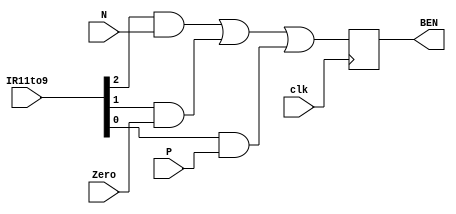
`timescale 1ns / 1ps
//////////////////////////////////////////////////////////////////////////////////
// Company: 
// Engineer: 
// 
// Design Name: 
// Module Name: BENLogic
// Project Name: 
// Target Devices: 
// Tool Versions: 
// Description: 
// 
// Dependencies: 
// 
// Revision:
// Revision 0.01 - File Created
// Additional Comments:
// 
//////////////////////////////////////////////////////////////////////////////////


module BENLogic(
    input clk,
    input [2:0] IR11to9,
    input N,
    input Zero,
    input P,
    output reg BEN
    );

    wire BENResult;
    assign BENResult = (IR11to9[2] & N) | (IR11to9[1] & Zero) | (IR11to9[0] & P);

    always @(posedge clk) begin
        BEN <= BENResult;
    end

endmodule